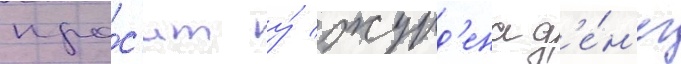
про́с'ит у́ журд'ена д'е́н'ег